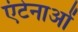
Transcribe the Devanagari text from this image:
एंटेनाओं